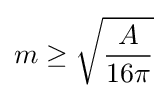
m\geq {\sqrt {\frac {A}{16\pi }}}